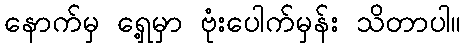
နောက်မှ ရှေ့မှာ ဗုံးပေါက်မှန်း သိတာပါ။